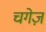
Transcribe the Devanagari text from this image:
चगेज़